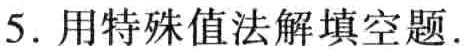
5. 用特殊值法解填空题.